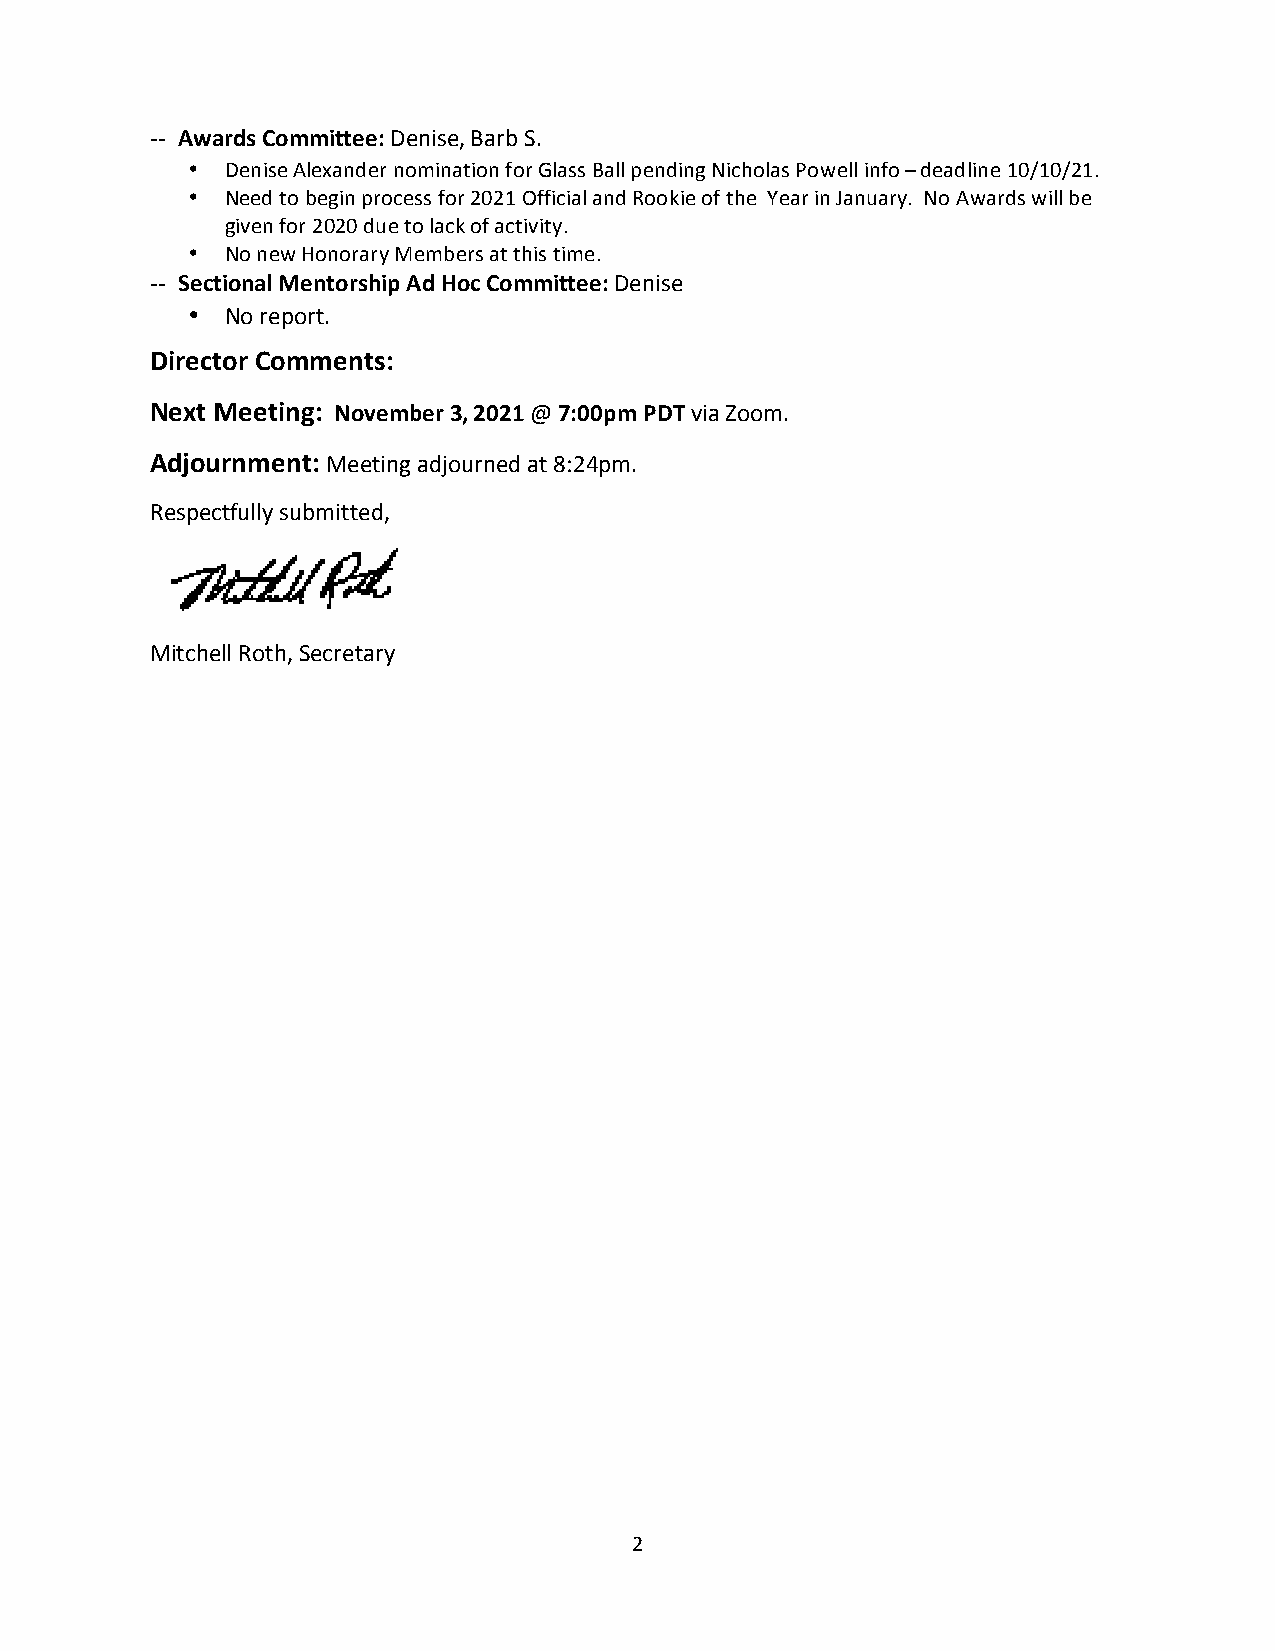
‐‐ Awards Committee: Denise, Barb S.
 •  Denise Alexander nomination for Glass Ball pending Nicholas Powell info – deadline 10/10/21.
 •  Need to begin process for 2021 Official and Rookie of the Year in January. No Awards will be
 given for 2020 due to lack of activity.
 •  No new Honorary Members at this time.
 ‐‐ Sectional Mentorship Ad Hoc Committee: Denise
 •  No report.
 Director Comments:
 Next Meeting: November 3, 2021 @ 7:00pm PDT via Zoom.
 Adjournment: Meeting adjourned at 8:24pm.
 Respectfully submitted,
 Mitchell Roth, Secretary
 2